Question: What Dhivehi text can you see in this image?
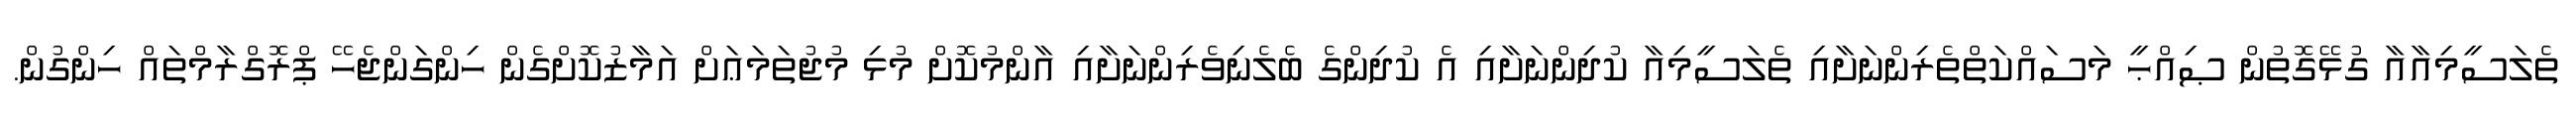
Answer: ތެލަސީމިއާއާ ގުޅޭގޮތުން ޞިއްޙީ މަސައްކަތްތެރިންނަށާއި ތެލަސީމިއާ ކުދިންނަށާއި އެ ކުދިންގެ ބެލެނިވެރިންނަށާއި އާންމުކޮށް މުޅި މުޖުތަމަޢަށް އަމާޒުކޮށްގެން ހިންގަންޖެހޭ ޕްރޮގްރާމްތައް ހިންގުން.